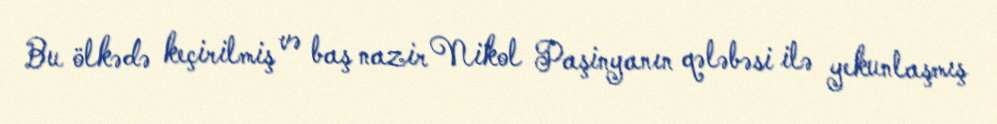
Bu ölkədə keçirilmiş və baş nazir Nikol Paşinyanın qələbəsi ilə yekunlaşmış